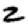
Digit: 2